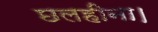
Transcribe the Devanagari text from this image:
छलहीना।